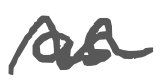
Text: as
Cross-out: wave
Writing tool: digital_gray